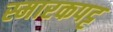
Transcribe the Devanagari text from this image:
स्मारकपट्ट